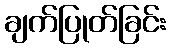
ချက်ပြုတ်ခြင်း